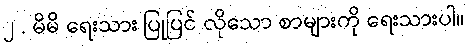
၂ . မိမိ ရေးသား ပြုပြင် လိုသော စာများကို ရေးသားပါ။